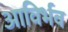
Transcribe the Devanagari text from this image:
आविर्भव